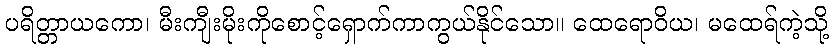
ပရိတ္တာယကော၊ မီးကျီးမိုးကိုစောင့်ရှောက်ကာကွယ်နိုင်သော။ ထေရောဝိယ၊ မထေရ်ကဲ့သို့